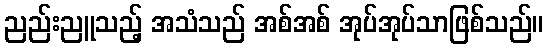
ညည်းညူသည့် အသံသည် အစ်အစ် အုပ်အုပ်သာဖြစ်သည်။